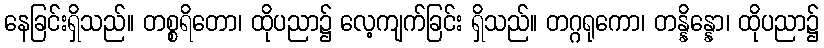
နေခြင်းရှိသည်။ တစ္စရိတော၊ ထိုပညာ၌ လေ့ကျက်ခြင်း ရှိသည်။ တဂ္ဂရုကော၊ တန္နိန္နော၊ ထိုပညာ၌